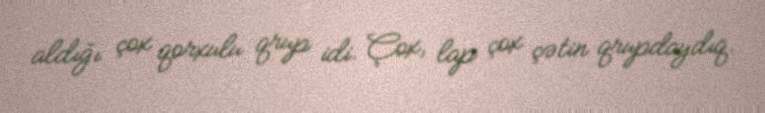
aldığı çox qorxulu qrup idi. Çox, lap çox çətin qrupdaydıq.